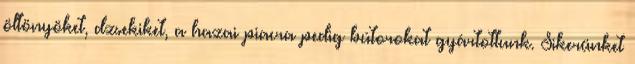
öltönyöket, dzsekiket, a hazai piacra pedig bútorokat gyártottunk. Sikerünket